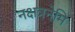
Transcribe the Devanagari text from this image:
नक्षत्रनेमि